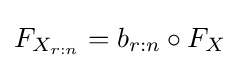
F_{X_{r:n}}=b_{r:n}\circ F_{X}